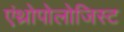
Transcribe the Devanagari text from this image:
एंथ्रोपोलोजिस्ट